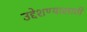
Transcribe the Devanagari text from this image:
उद्देशण्यासाठी